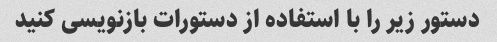
دستور زیر را با استفاده از دستورات بازنویسی کنید